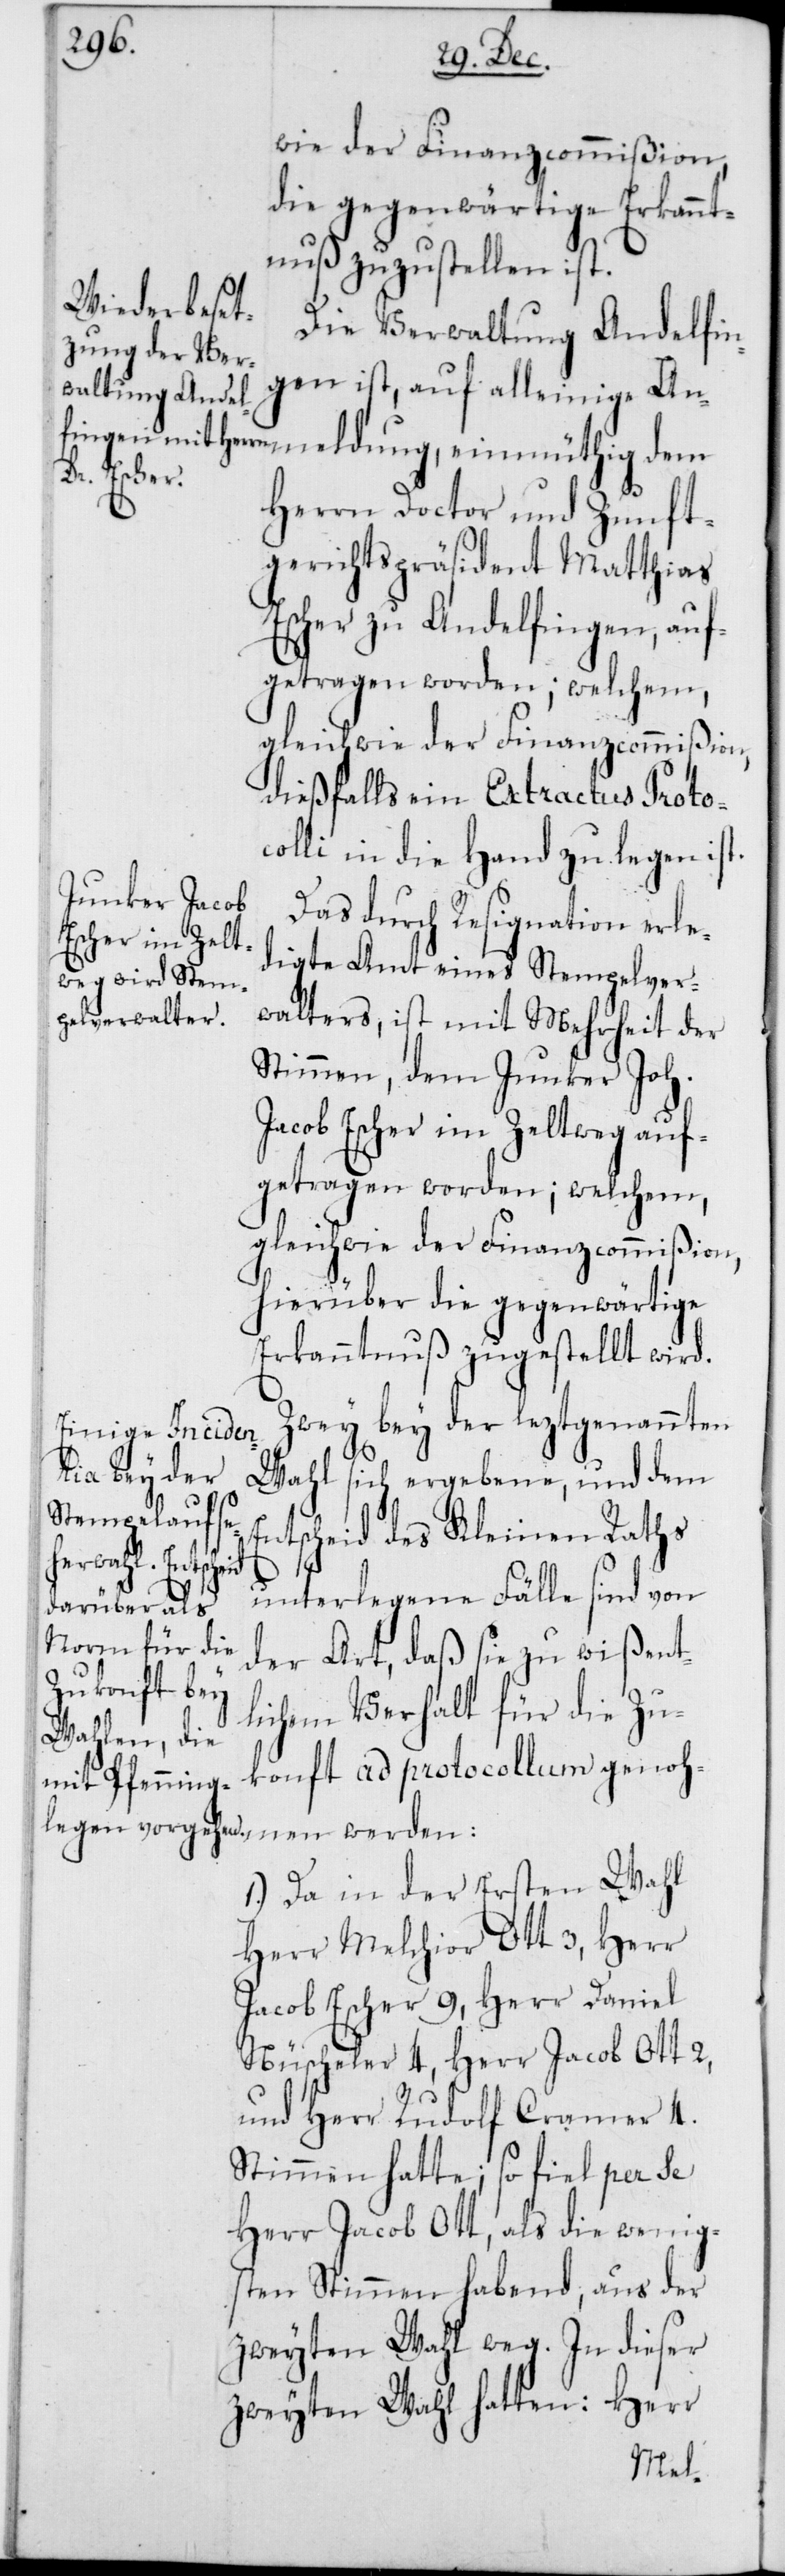
wie der Finanzcommißion,
die gegenwärtige Erkannt¬
nuß zuzustellen ist.
Die Verwaltung Andelfin¬
gen ist, auf alleinige An¬
Herrn Doctor und Zunft¬
gerichtspräsident Matthias
Escher zu Andelfingen, auf¬
getragen worden; welchem,
gleichwie der Finanzcommißion,
dießfalls ein Extractus Proto¬
colli in die Hand zu legen ist.
Das durch Resignation erle¬
digte Amt eines Stempelver¬
walters, ist mit Mehrheit der
Stimmen, dem Junker Joh.
Jacob Escher im Zeltweg auf¬
getragen worden; welchem,
gleichwie der Finanzcommißion,
hierüber die gegenwärtige
Erkanntnuß zugestellt wird.
Zwey bey der leztgenannten
Wahl sich ergebene, und dem
Entscheid des Kleinen Raths
meldung, einmüthig
unterlegene Fälle sind von
der Art, daß sie zu wißent¬
lichem Verhalt für die Zu¬
konft ad protocollum genoh¬
men werden:
1.) Da in der Ersten Wahl
Herr Melchior Ott 3, Herr
Jacob Escher 9, Herr Daniel
Nüscheler 4, Herr Jacob Ott 2,
und Herr Rudolf Cramer 4.
Stimmen hatte; so fiel per se
Herr Jacob Ott, als die wenig¬
sten Stimmen habend, aus der
zweyten Wahl weg. In dieser
zweyten Wahl hatten: Herr